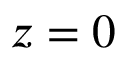
z = 0